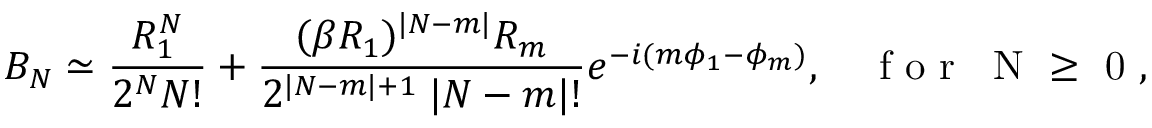
B _ { N } \simeq \frac { R _ { 1 } ^ { N } } { 2 ^ { N } N ! } + \frac { ( \beta R _ { 1 } ) ^ { | N - m | } R _ { m } } { 2 ^ { | N - m | + 1 } \; | N - m | ! } e ^ { - i ( m \phi _ { 1 } - \phi _ { m } ) } , \quad \mathrm { ~ f ~ o ~ r ~ \; ~ N ~ \geq ~ 0 ~ } ,